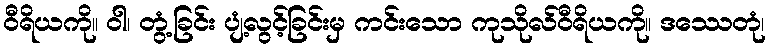
ဝီရိယကို။ ဝါ၊ တွံ့ခြင်း ပျံ့လွင့်ခြင်းမှ ကင်းသော ကုသိုလ်ဝီရိယကို။ ဒဿေတုံ၊